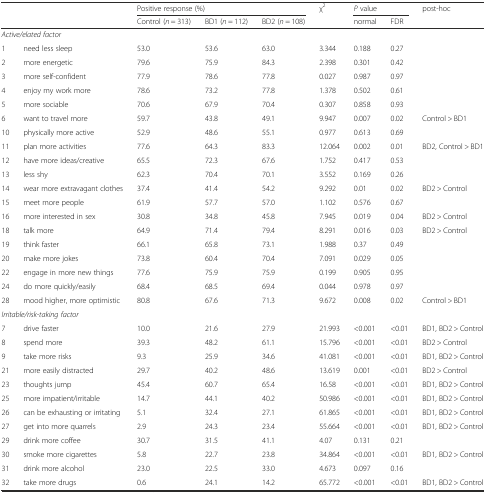
<table><thead><tr><td></td><td></td><td colspan="3"><b>Positive response (%)</b></td><td rowspan="2"><b>χ<sup>2</sup></b></td><td colspan="2"><b><i>P</i> value</b></td><td rowspan="2"><b>post-hoc</b></td></tr><tr><td></td><td></td><td><b>Control (<i>n</i> = 313)</b></td><td><b>BD1 (<i>n</i> = 112)</b></td><td><b>BD2 (<i>n</i> = 108)</b></td><td><b>normal</b></td><td><b>FDR</b></td></tr></thead><tbody><tr><td colspan="9"><i>Active/elated factor</i></td></tr><tr><td>1</td><td>need less sleep</td><td>53.0</td><td>53.6</td><td>63.0</td><td>3.344</td><td>0.188</td><td>0.27</td><td></td></tr><tr><td>2</td><td>more energetic</td><td>79.6</td><td>75.9</td><td>84.3</td><td>2.398</td><td>0.301</td><td>0.42</td><td></td></tr><tr><td>3</td><td>more self-confident</td><td>77.9</td><td>78.6</td><td>77.8</td><td>0.027</td><td>0.987</td><td>0.97</td><td></td></tr><tr><td>4</td><td>enjoy my work more</td><td>78.6</td><td>73.2</td><td>77.8</td><td>1.378</td><td>0.502</td><td>0.61</td><td></td></tr><tr><td>5</td><td>more sociable</td><td>70.6</td><td>67.9</td><td>70.4</td><td>0.307</td><td>0.858</td><td>0.93</td><td></td></tr><tr><td>6</td><td>want to travel more</td><td>59.7</td><td>43.8</td><td>49.1</td><td>9.947</td><td>0.007</td><td>0.02</td><td>Control &gt; BD1</td></tr><tr><td>10</td><td>physically more active</td><td>52.9</td><td>48.6</td><td>55.1</td><td>0.977</td><td>0.613</td><td>0.69</td><td></td></tr><tr><td>11</td><td>plan more activities</td><td>77.6</td><td>64.3</td><td>83.3</td><td>12.064</td><td>0.002</td><td>0.01</td><td>BD2, Control &gt; BD1</td></tr><tr><td>12</td><td>have more ideas/creative</td><td>65.5</td><td>72.3</td><td>67.6</td><td>1.752</td><td>0.417</td><td>0.53</td><td></td></tr><tr><td>13</td><td>less shy</td><td>62.3</td><td>70.4</td><td>70.1</td><td>3.552</td><td>0.169</td><td>0.26</td><td></td></tr><tr><td>14</td><td>wear more extravagant clothes</td><td>37.4</td><td>41.4</td><td>54.2</td><td>9.292</td><td>0.01</td><td>0.02</td><td>BD2 &gt; Control</td></tr><tr><td>15</td><td>meet more people</td><td>61.9</td><td>57.7</td><td>57.0</td><td>1.102</td><td>0.576</td><td>0.67</td><td></td></tr><tr><td>16</td><td>more interested in sex</td><td>30.8</td><td>34.8</td><td>45.8</td><td>7.945</td><td>0.019</td><td>0.04</td><td>BD2 &gt; Control</td></tr><tr><td>18</td><td>talk more</td><td>64.9</td><td>71.4</td><td>79.4</td><td>8.291</td><td>0.016</td><td>0.03</td><td>BD2 &gt; Control</td></tr><tr><td>19</td><td>think faster</td><td>66.1</td><td>65.8</td><td>73.1</td><td>1.988</td><td>0.37</td><td>0.49</td><td></td></tr><tr><td>20</td><td>make more jokes</td><td>73.8</td><td>60.4</td><td>70.4</td><td>7.091</td><td>0.029</td><td>0.05</td><td></td></tr><tr><td>22</td><td>engage in more new things</td><td>77.6</td><td>75.9</td><td>75.9</td><td>0.199</td><td>0.905</td><td>0.95</td><td></td></tr><tr><td>24</td><td>do more quickly/easily</td><td>68.4</td><td>68.5</td><td>69.4</td><td>0.044</td><td>0.978</td><td>0.97</td><td></td></tr><tr><td>28</td><td>mood higher, more optimistic</td><td>80.8</td><td>67.6</td><td>71.3</td><td>9.672</td><td>0.008</td><td>0.02</td><td>Control &gt; BD1</td></tr><tr><td colspan="9"><i>Irritable/risk-taking factor</i></td></tr><tr><td>7</td><td>drive faster</td><td>10.0</td><td>21.6</td><td>27.9</td><td>21.993</td><td>&lt;0.001</td><td>&lt;0.01</td><td>BD1, BD2 &gt; Control</td></tr><tr><td>8</td><td>spend more</td><td>39.3</td><td>48.2</td><td>61.1</td><td>15.796</td><td>&lt;0.001</td><td>&lt;0.01</td><td>BD2 &gt; Control</td></tr><tr><td>9</td><td>take more risks</td><td>9.3</td><td>25.9</td><td>34.6</td><td>41.081</td><td>&lt;0.001</td><td>&lt;0.01</td><td>BD1, BD2 &gt; Control</td></tr><tr><td>21</td><td>more easily distracted</td><td>29.7</td><td>40.2</td><td>48.6</td><td>13.619</td><td>0.001</td><td>&lt;0.01</td><td>BD2 &gt; Control</td></tr><tr><td>23</td><td>thoughts jump</td><td>45.4</td><td>60.7</td><td>65.4</td><td>16.58</td><td>&lt;0.001</td><td>&lt;0.01</td><td>BD1, BD2 &gt; Control</td></tr><tr><td>25</td><td>more impatient/irritable</td><td>14.7</td><td>44.1</td><td>40.2</td><td>50.986</td><td>&lt;0.001</td><td>&lt;0.01</td><td>BD1, BD2 &gt; Control</td></tr><tr><td>26</td><td>can be exhausting or irritating</td><td>5.1</td><td>32.4</td><td>27.1</td><td>61.865</td><td>&lt;0.001</td><td>&lt;0.01</td><td>BD1, BD2 &gt; Control</td></tr><tr><td>27</td><td>get into more quarrels</td><td>2.9</td><td>24.3</td><td>23.4</td><td>55.664</td><td>&lt;0.001</td><td>&lt;0.01</td><td>BD1, BD2 &gt; Control</td></tr><tr><td>29</td><td>drink more coffee</td><td>30.7</td><td>31.5</td><td>41.1</td><td>4.07</td><td>0.131</td><td>0.21</td><td></td></tr><tr><td>30</td><td>smoke more cigarettes</td><td>5.8</td><td>22.7</td><td>23.8</td><td>34.864</td><td>&lt;0.001</td><td>&lt;0.01</td><td>BD1, BD2 &gt; Control</td></tr><tr><td>31</td><td>drink more alcohol</td><td>23.0</td><td>22.5</td><td>33.0</td><td>4.673</td><td>0.097</td><td>0.16</td><td></td></tr><tr><td>32</td><td>take more drugs</td><td>0.6</td><td>24.1</td><td>14.2</td><td>65.772</td><td>&lt;0.001</td><td>&lt;0.01</td><td>BD1, BD2 &gt; Control</td></tr></tbody></table>